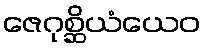
ဇေဂုစ္ဆိယံယေဝ